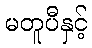
မတူပီနှင့်